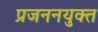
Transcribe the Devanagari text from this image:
प्रजननयुक्त